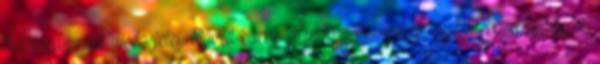
finomság nélküliség jelei. Rövid karok elfinomult emberek, gyermekded kedélyek,